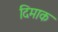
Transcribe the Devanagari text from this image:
दिमाक